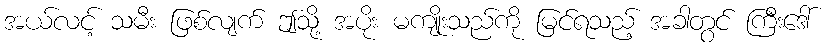
အယ်လင့် သမီး ဖြစ်လျက် ဤသို့ အပိုး မကျိုးသည်ကို မြင်ရသည့် အခါတွင် ကြီးဒေါ်